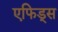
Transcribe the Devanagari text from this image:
एफिड्स